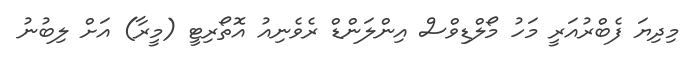
މިދިޔަ ފެބްރުއަރީ މަހު މޯލްޑިވްސް އިންލަންޑް ރެވެނިއު އޮތޯރިޓީ (މީރާ) އަށް ލިބުނު